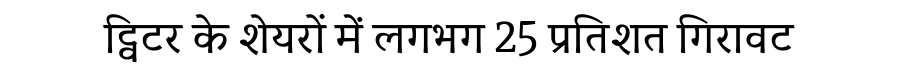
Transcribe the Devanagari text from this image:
ट्विटर के शेयरों में लगभग 25 प्रतिशत गिरावट